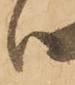
ハ